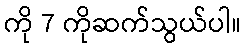
ကို 7 ကိုဆက်သွယ်ပါ။